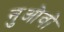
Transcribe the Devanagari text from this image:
नुओवो